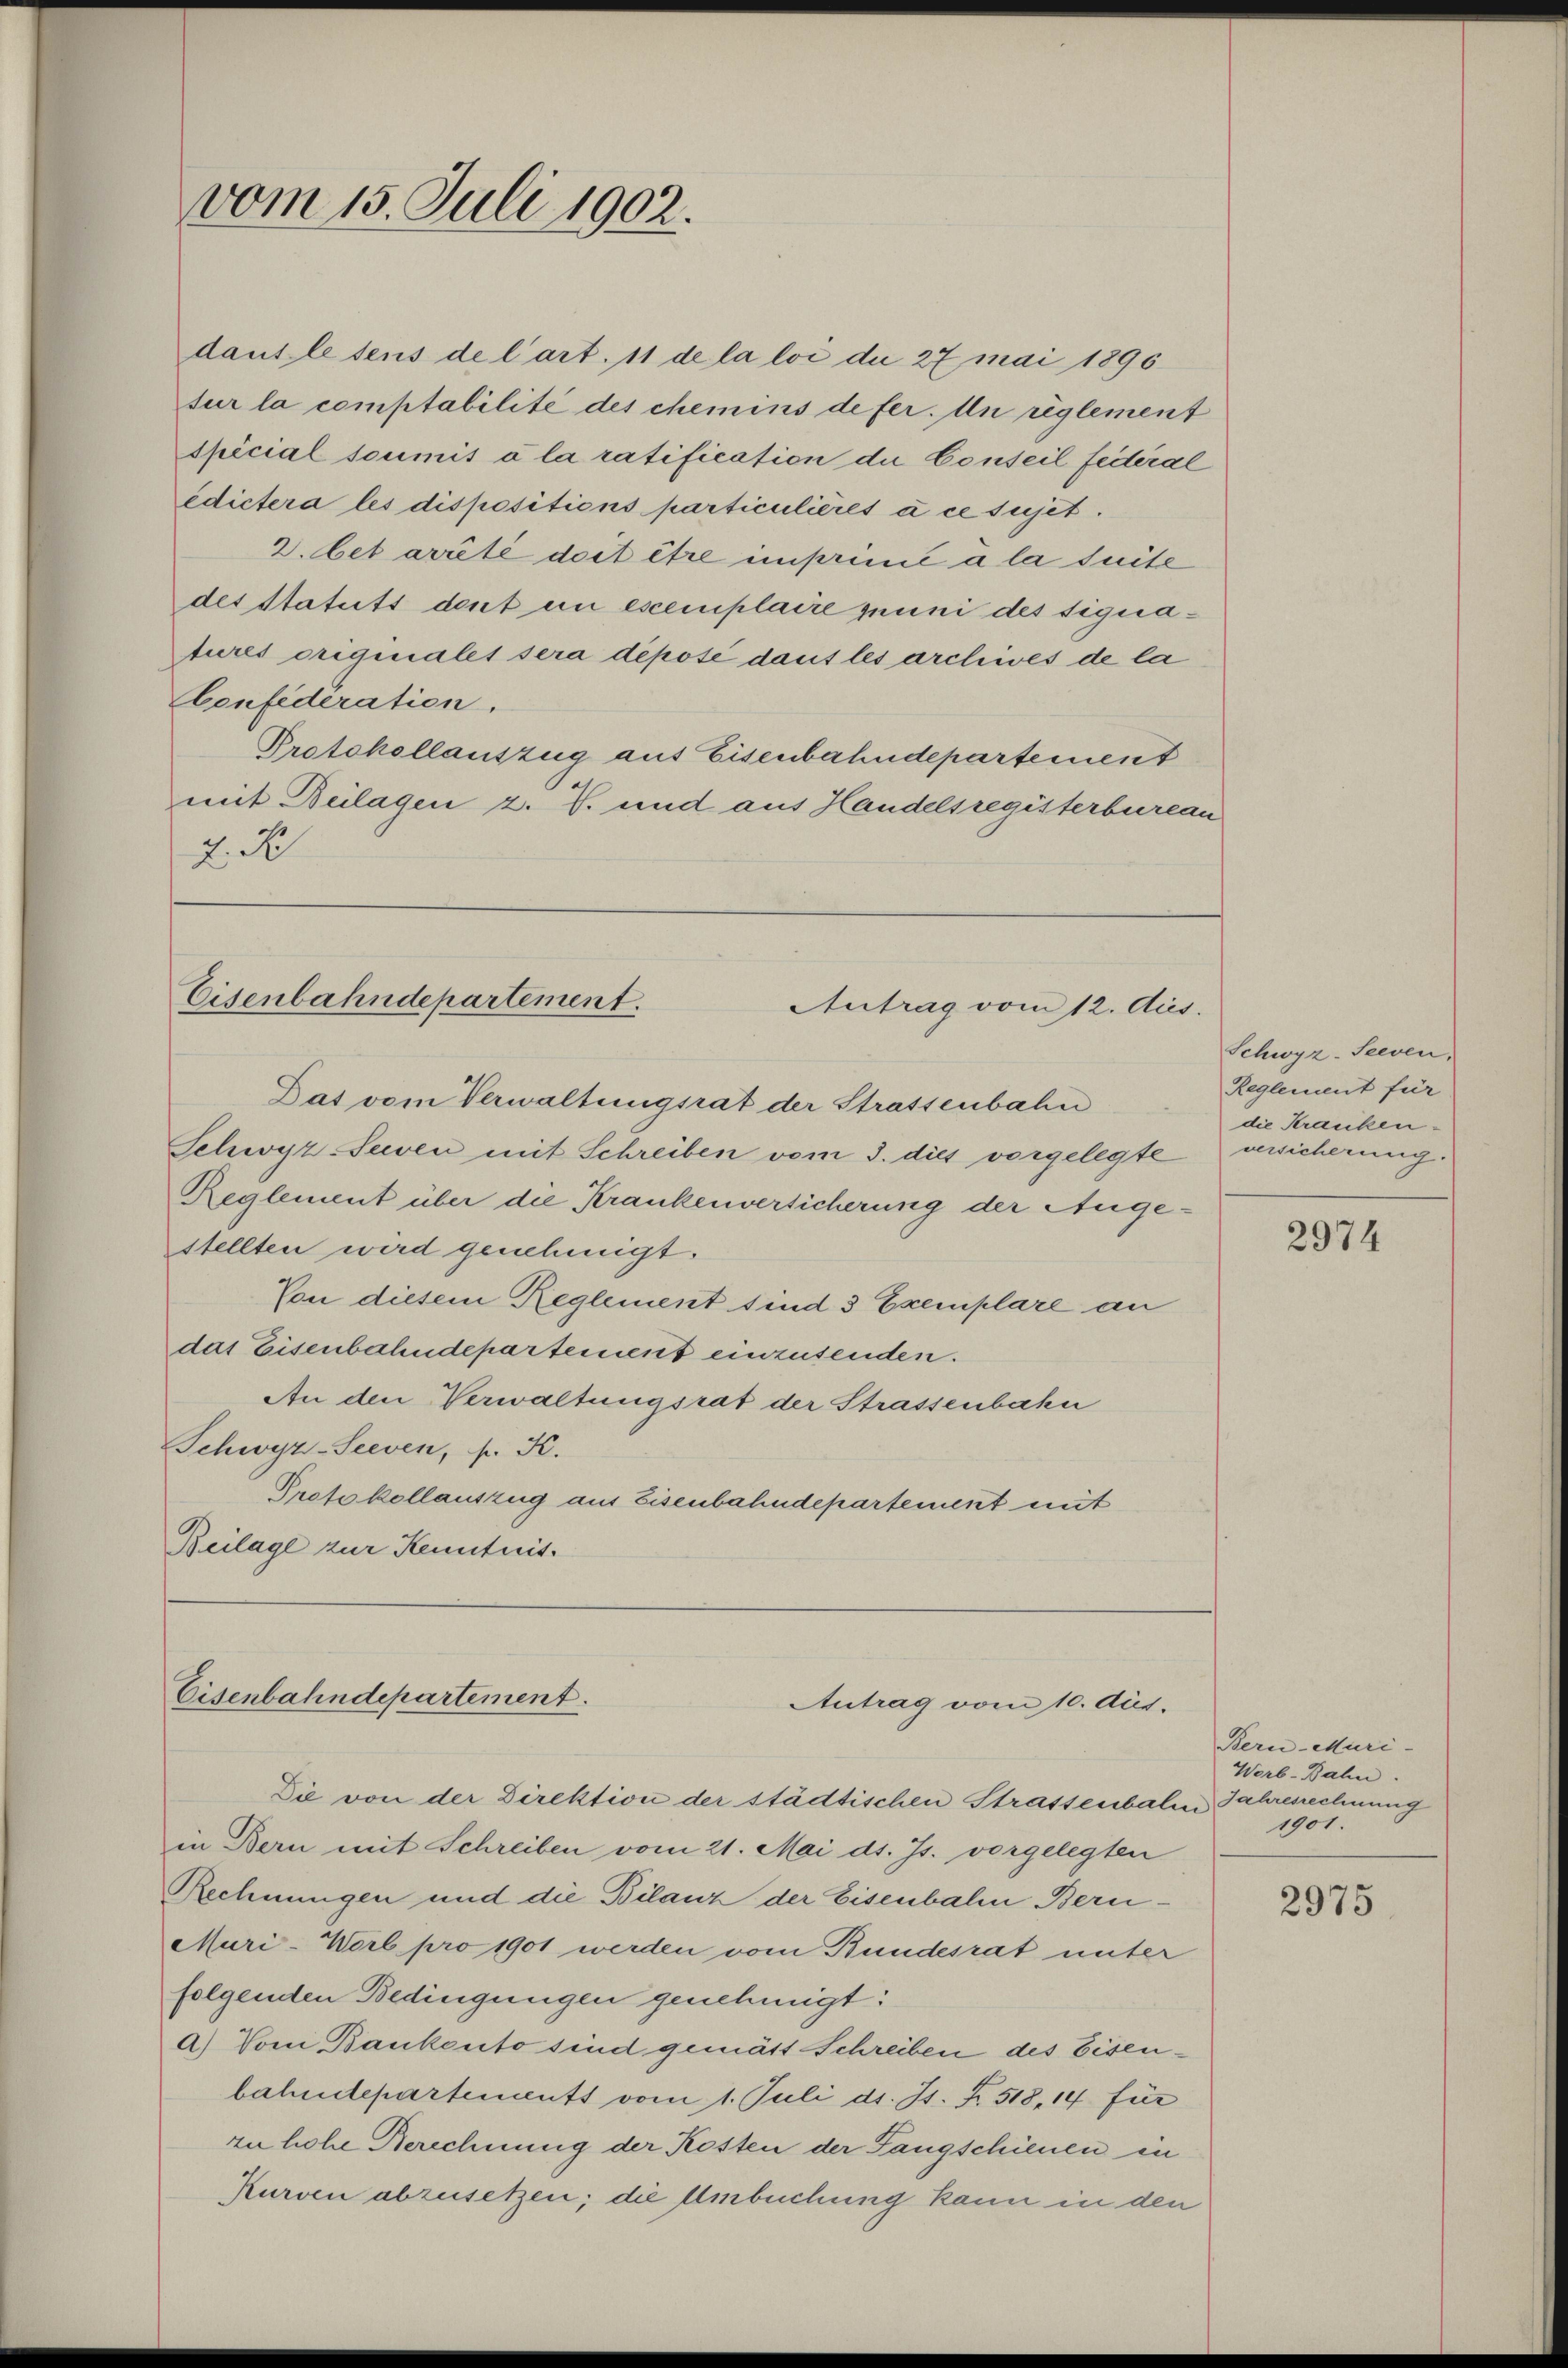
vom 15. Juli 1902.

dauslesens de l’art. 11 de la loi die 27 mai 1890
tur la comptabilité des chemins de fer. An règlement
spicial soumis à la ratification die Conseil feiteral
edictera les dispositions particulières à ce sujet.
2. Cet arité doit être imprimie a la suite
des Statuts dent in exemplaire guuni des signatures origiialet sera dépose dans les archives de la
Confederation.
Protokollauszug aus Eisenbahndepartement
mit Beilagen z. T. und aus Handelsregisterbureau
2. N

Eisenbahndepartement.
Antrag vom 12. Aus
Das vom Verwaltungsrat der Strassenbahn

Schwyz Seeven mit Schreiben vom 3. dies vorgelegte
Reglement über die Krankenversicherung der Ange-
stellten wird genehmigt.
Von diesem Reglement sind 3 Exemplare an
das Eisenbahndepartement einzusenden.
An den Verwaltungsrat der Strassenbahn
Schwyz-Seeven, s. K.
Protokollauszug aus Eisenbahndepartement mit
Beilage zur Kenntnis.

Eisenbahndepartement.
Antrag vom 10. Aus.

Die von der Direktion der städtischen Strassenbale Jahresrechnung
in Bern mit Schreiben vom 21. Mai d. Js. vorgelegten
Rechnungen und die Bilanz der Eisenbale Beru¬
Muri-Worb pro 1901 werden vom Bundesrat unter
folgenden Bedingungen genehmigt:
a) Vom Bankento sind gemäss Schreiben des Eisenbahndepartements vom 1. Juli d. Js. f. 518, 14 für
zu hohe Berechnung der Kosten der Fangschienen in
Kurven abzusetzen; die Umbuchung kann in den

Schwyz-Seeven,
Reglement für
die Kranken.
versicherung.

2974

Bern Muri-
Worb-Bahn.
1901.

2975